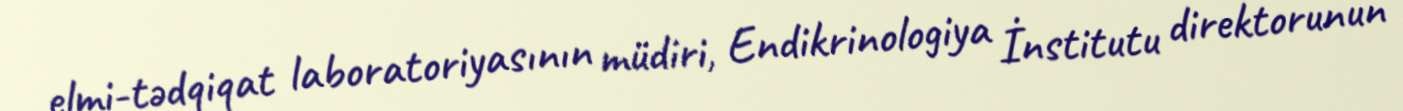
elmi-tədqiqat laboratoriyasının müdiri, Endikrinologiya İnstitutu direktorunun